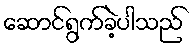
ဆောင်ရွက်ခဲ့ပါသည်